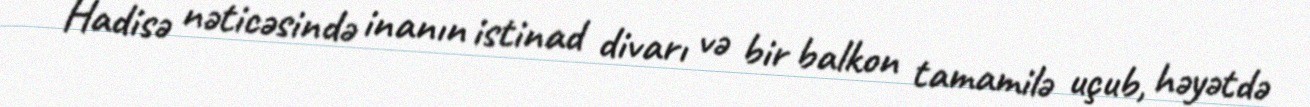
Hadisə nəticəsində inanın istinad divarı və bir balkon tamamilə uçub, həyətdə